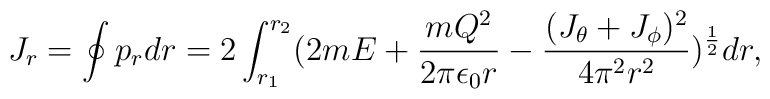
J_r=\oint p_rdr=2\int_{r_1}^{r_2}(2mE+{{mQ^2}\over{2\pi\epsilon_0r}}-{{(J_\theta+J_\phi)^2}\over{4\pi^2r^2}})^{1\over 2}dr,